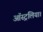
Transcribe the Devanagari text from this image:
ऑस्ट्रलिया।